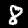
Digit: 8